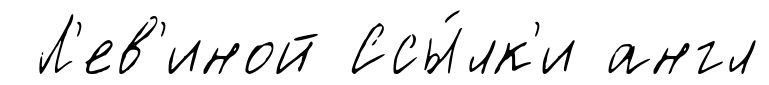
Л'ев'иной Ссы́лк'и англ